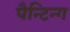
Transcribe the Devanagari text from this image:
पैन्टिन्ग